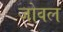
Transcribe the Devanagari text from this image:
जोवल